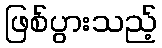
ဖြစ်ပွားသည့်